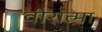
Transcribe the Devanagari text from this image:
वीरात्मा